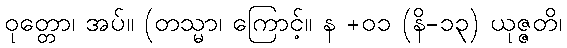
ဝုတ္တော၊ အပ်။ (တသ္မာ၊ ကြောင့်။ န +၀၁ (နိ-၁၃) ယုဇ္ဇတိ၊